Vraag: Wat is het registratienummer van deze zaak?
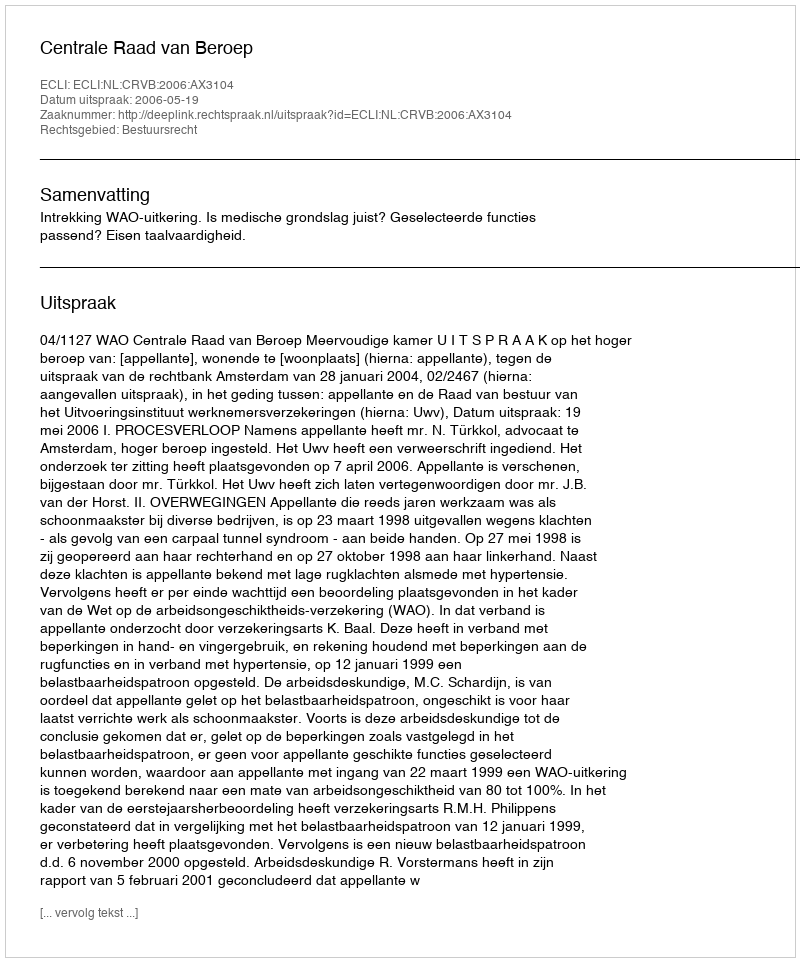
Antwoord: http://deeplink.rechtspraak.nl/uitspraak?id=ECLI:NL:CRVB:2006:AX3104